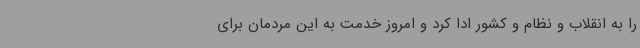
را به انقلاب و نظام و کشور ادا کرد و امروز خدمت به این مردمان برای